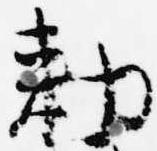
勅